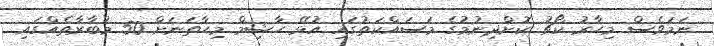
ނަމަވެސް މިހާރު ކޯޗު ކޮށްދިނުމުގެ މަސައްކަތުގައި އުޅޭ ހާޝިމް މިހާތަނަށް 50 މުބާރާތެއްގައި